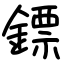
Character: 鏢